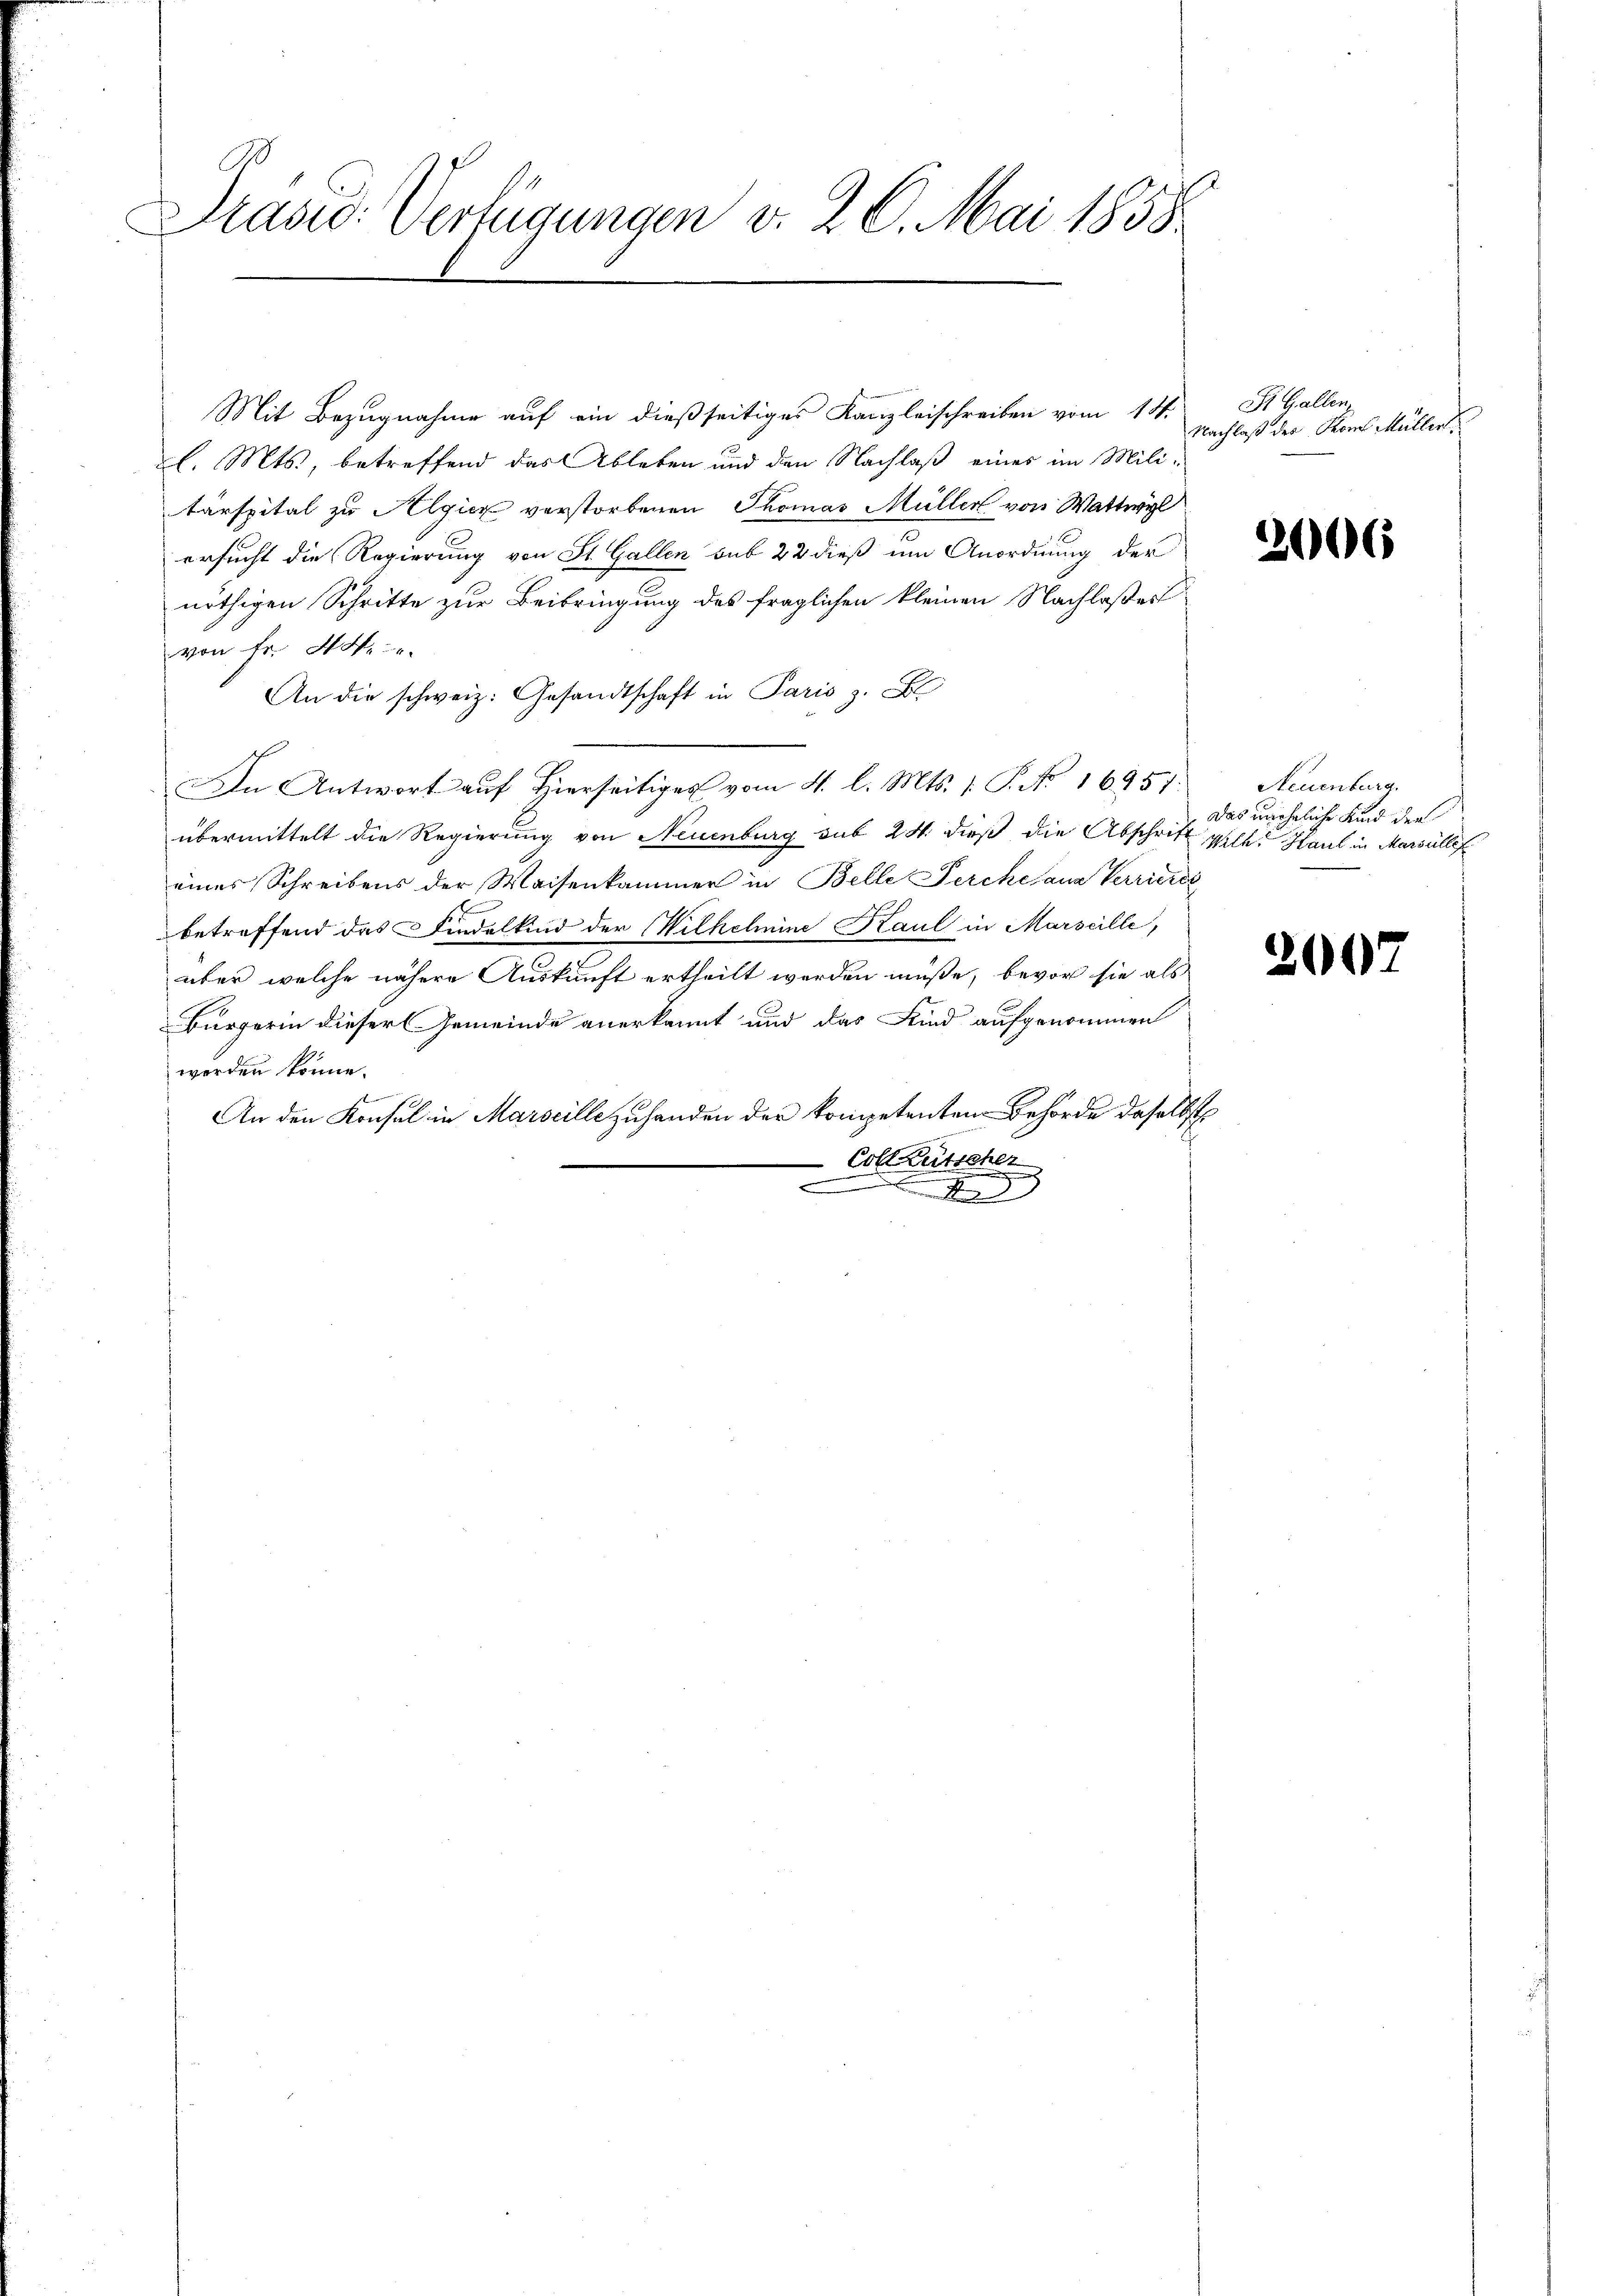
Präsid. Verfügungen v. 26. Mai 1858.

Mit Bezugnahme auf ein dießseitiges Kanzleischreiben vom 14.
l. Mts., betreffend das Ableben und den Nachlaß eines im Miliärspital zu Algier verstorbenen Thomas Müller von Wattwyl
ersucht die Regierung von St. Gallen sub 22 dieß um Anordnung der
nöthigen Schritte zur Beibringung des fraglichen kleinen Nachlaßes
von Fr. H.
An die schweiz. Gesandtschaft in Paris z. B
In Antwort auf Hierseitiges vom 4. l. Mts. 1. P. No 1695)
übermittelt die Regierung von Neuenburg sub 24. dieß die Abschrift gelt. Haut in Maroullef
eines Schreibens der Waisenkammer in Belle Perche aus Verriere
betreffend das Findelkind der Wilhelmine Kaul in Marseille,
über welche nähere Auskunft ertheilt werden müße, bevor sie als
Bürgerin dieser Gemeinde anerkannt und das Kind aufgenommen
worden könne.
An den Konsul in Marseillezuhanden der kompetenten Behörde daselbst
2
Coll Kutsche
9
n

Si. Gallen
Nachlaß der Karl Müller

2006

Neuenburg.
Das uneheliche Kind der

2607